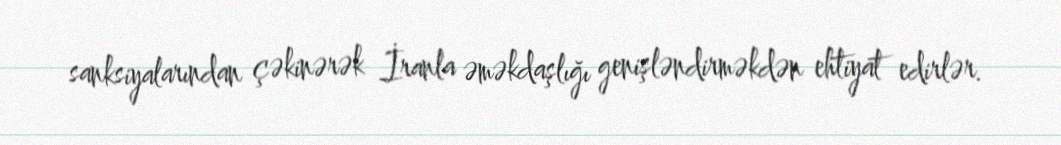
sanksiyalarından çəkinərək İranla əməkdaşlığı genişləndirməkdən ehtiyat edirlər.